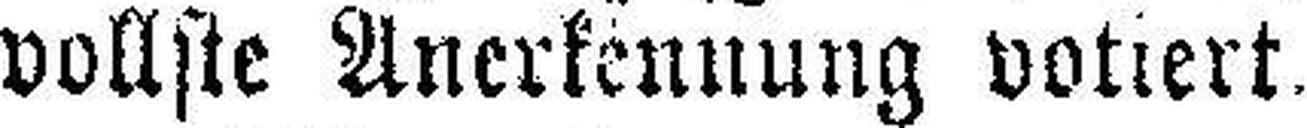
vollste Anerkennung votiert.